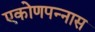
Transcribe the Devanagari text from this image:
एकोणपन्नास